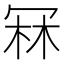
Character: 冧